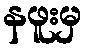
နဖူးမှ